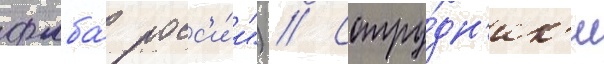
фмба́ росс'и́и") // Сотру́дн'ик'и